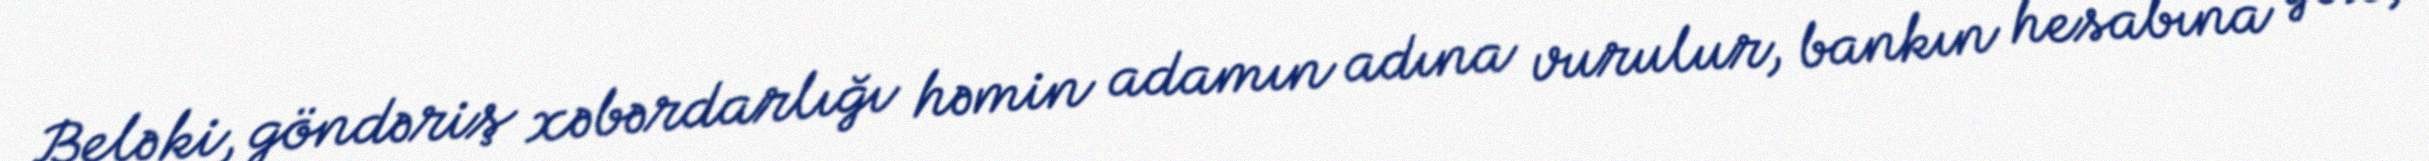
Belə ki, göndəriş xəbərdarlığı həmin adamın adına vurulur, bankın hesabına yox,